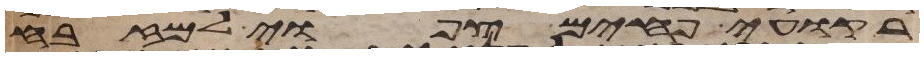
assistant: רקועי פחים צפואי למזבח